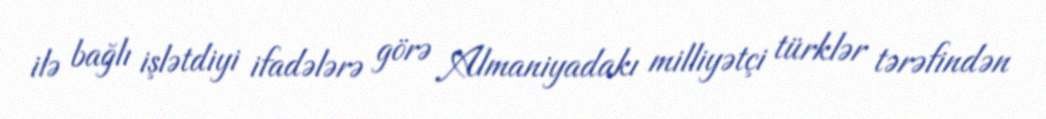
ilə bağlı işlətdiyi ifadələrə görə Almaniyadakı milliyətçi türklər tərəfindən